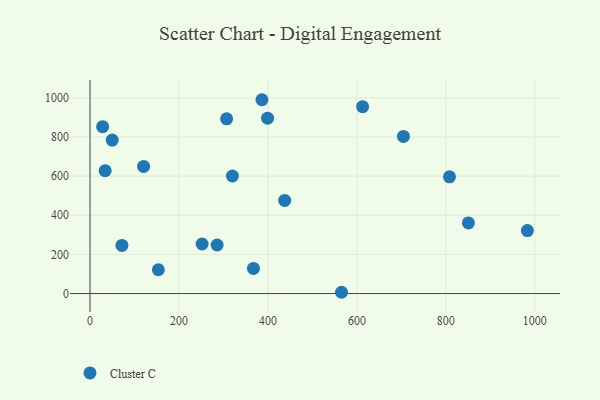
{"axis": {"x": "Study Hours", "y": "Fuel Efficiency"}, "legend": ["Cluster C"], "data": [{"x": "399.2", "y": 895.9, "type": "Cluster C"}, {"x": "437.7", "y": 475.8, "type": "Cluster C"}, {"x": "34.1", "y": 627.9, "type": "Cluster C"}, {"x": "285.8", "y": 248.0, "type": "Cluster C"}, {"x": "120.5", "y": 649.3, "type": "Cluster C"}, {"x": "983.3", "y": 321.8, "type": "Cluster C"}, {"x": "28.4", "y": 852.7, "type": "Cluster C"}, {"x": "704.7", "y": 802.6, "type": "Cluster C"}, {"x": "49.9", "y": 784.1, "type": "Cluster C"}, {"x": "850.7", "y": 360.9, "type": "Cluster C"}, {"x": "565.5", "y": 6.4, "type": "Cluster C"}, {"x": "307.2", "y": 892.8, "type": "Cluster C"}, {"x": "808.2", "y": 596.3, "type": "Cluster C"}, {"x": "252.1", "y": 253.2, "type": "Cluster C"}, {"x": "71.8", "y": 245.8, "type": "Cluster C"}, {"x": "320.2", "y": 600.6, "type": "Cluster C"}, {"x": "612.9", "y": 954.7, "type": "Cluster C"}, {"x": "386.6", "y": 990.4, "type": "Cluster C"}, {"x": "367.5", "y": 128.4, "type": "Cluster C"}, {"x": "153.7", "y": 121.5, "type": "Cluster C"}]}